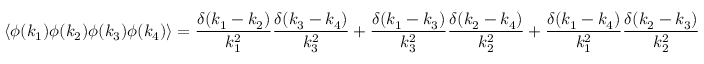
\left\langle \phi ( k _ { 1 } ) \phi ( k _ { 2 } ) \phi ( k _ { 3 } ) \phi ( k _ { 4 } ) \right\rangle = { \frac { \delta ( k _ { 1 } - k _ { 2 } ) } { k _ { 1 } ^ { 2 } } } { \frac { \delta ( k _ { 3 } - k _ { 4 } ) } { k _ { 3 } ^ { 2 } } } + { \frac { \delta ( k _ { 1 } - k _ { 3 } ) } { k _ { 3 } ^ { 2 } } } { \frac { \delta ( k _ { 2 } - k _ { 4 } ) } { k _ { 2 } ^ { 2 } } } + { \frac { \delta ( k _ { 1 } - k _ { 4 } ) } { k _ { 1 } ^ { 2 } } } { \frac { \delta ( k _ { 2 } - k _ { 3 } ) } { k _ { 2 } ^ { 2 } } }